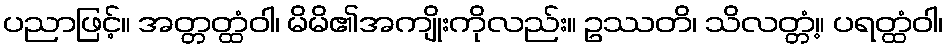
ပညာဖြင့်။ အတ္တတ္ထံဝါ၊ မိမိ၏အကျိုးကိုလည်း။ ဥဿတိ၊ သိလတ္တံ့။ ပရတ္ထံဝါ၊